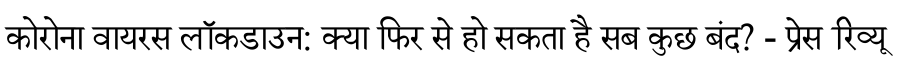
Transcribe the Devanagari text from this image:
कोरोना वायरस लॉकडाउन: क्या फिर से हो सकता है सब कुछ बंद? - प्रेस रिव्यू